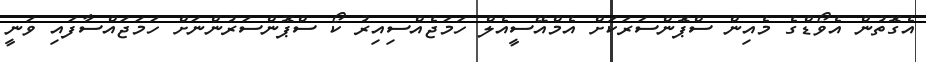
އެގޮތުން އެވޯޑްގެ މެއިން ސްޕޮންސަރަކަށް އެމްއޭސީއެލް ހަމަޖެއްސިއިރު ކޯ ސްޕޮންސަރުންނަށް ހަމަޖައްސާފައި ވަނީ